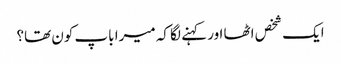
ایک شخص اٹھا اور کہنے لگا کہ میرا باپ کون تھا؟